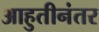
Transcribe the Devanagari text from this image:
आहुतीनंतर